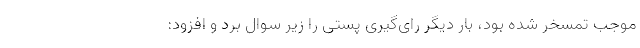
موجب تمسخر شده بود، بار دیگر رای‌گیری پستی را زیر سوال برد و افزود: